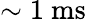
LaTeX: \sim 1~\textrm{ms}